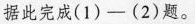
据此完成(1)——(2)题。